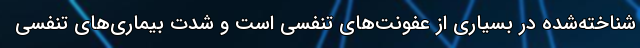
شناخته‌شده در بسیاری از عفونت‌های تنفسی است و شدت بیماری‌های تنفسی